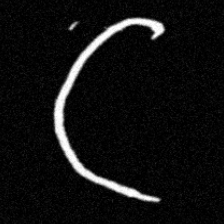
Pyu character \u2014 Myanmar letter: ဋ (romanized: tta)